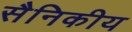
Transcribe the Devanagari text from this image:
सैनिकीय